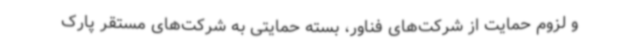
و لزوم حمایت از شرکت‌های فناور، بسته حمایتی به شرکت‌های مستقر پارک